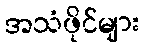
အသံဖိုင်များ